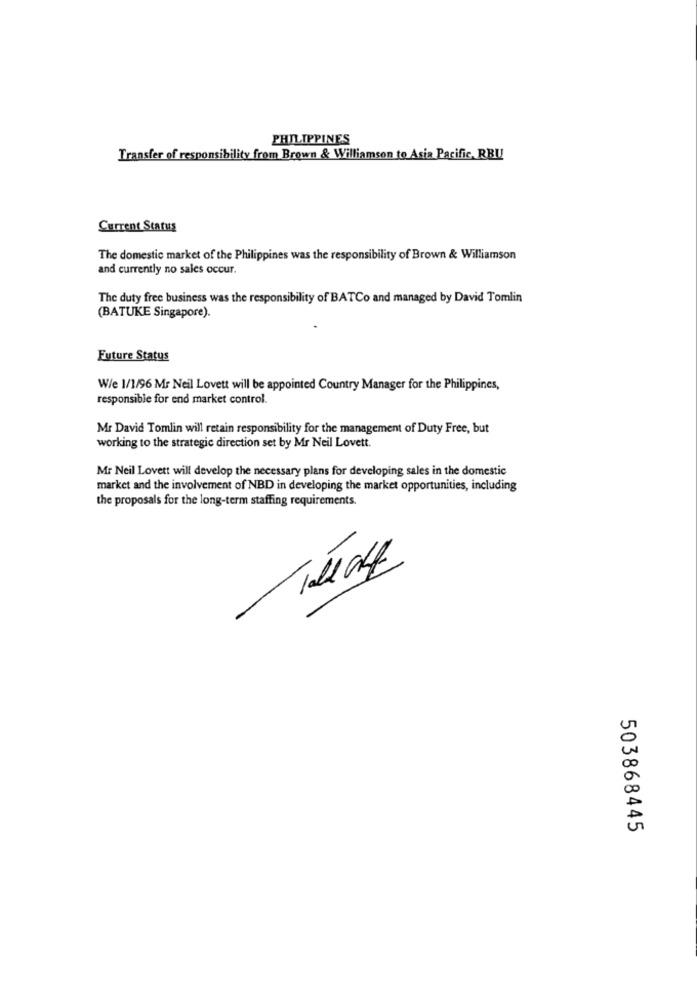
PHILIPPINES
Transfer of responsibility from Brown & Williamson to Asia Pacific, RBU
Current Status
The domestic market of the Philippines was the responsibility of Brown & Williamson
and currently no sales occur.
The duty free business was the responsibility of BATCo and managed by David Tomlin
(BATUKE Singapore).
Future Status
W/e 1/1/96 Mr Neil Lovett will be appointed Country Manager for the Philippines,
responsible for end market control.
Mr David Tomlin will retain responsibility for the management of Duty Free, but
working to the strategic direction set by Mr Neil Lovett.
Mr Neil Lovett will develop the necessary plans for developing sales in the domestic
market and the involvement of NBD in developing the market opportunities, including
the proposals for the long-term staffing requirements.
503868445